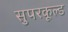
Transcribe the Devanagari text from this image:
सुपरकूल्ड